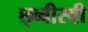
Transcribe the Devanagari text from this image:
छ्ब्बीस्वी